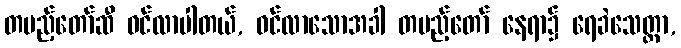
တပည့်တော်ဆီ ဝင်လာပါတယ်, ဝင်လာသောအခါ တပည့်တော် နေရာ၌ ရေခဲသေတ္တာ,